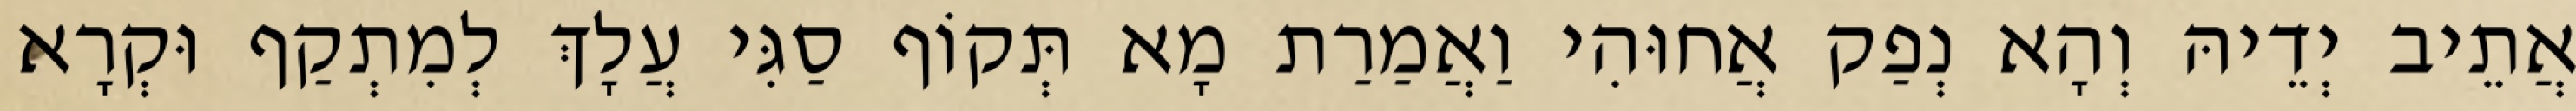
אֲתֵיב יְדֵיהּ וְהָא נְפַק אֲחוּהִי וַאֲמַרַת מָא תְּקוֹף סַגִּי עֲלָךְ לְמִתְקַף וּקְרָא